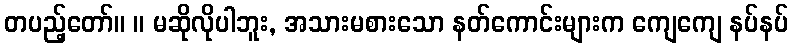
တပည့်တော်။ ။ မဆိုလိုပါဘူး, အသားမစားသော နတ်ကောင်းများက ကျေကျေ နပ်နပ်